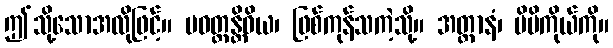
ဤသို့သောအလိုဖြင့်။ ပဝတ္တန္တိဝိယ၊ ဖြစ်ကုန်သကဲ့သို့။ အတ္တာနံ၊ မိမိကိုယ်ကို။